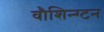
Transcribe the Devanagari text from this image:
वौशिन्ग्टन